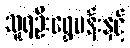
သူရဦးရွှေမန်းနှင့်